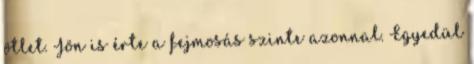
ötlet. Jön is érte a fejmosás szinte azonnal. Egyedül